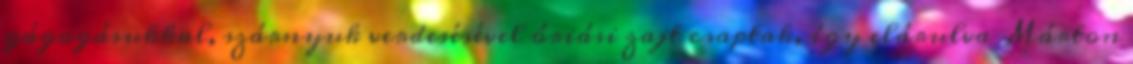
gágogásukkal, szárnyuk verdesésével óriási zajt csaptak, így elárulva Márton